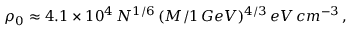
\rho _ { 0 } \approx 4 . 1 \times 1 0 ^ { 4 } \, N ^ { 1 / 6 } \, ( M / 1 \, G e V ) ^ { 4 / 3 } \, e V \, c m ^ { - 3 } \, ,